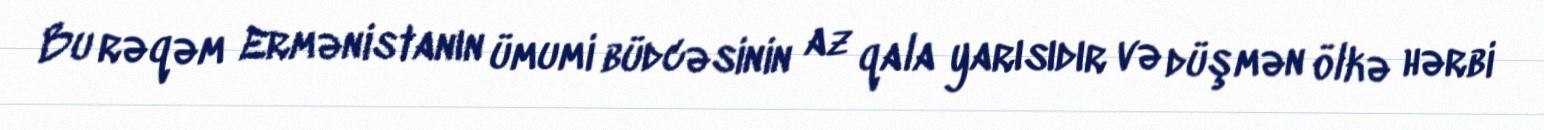
Bu rəqəm Ermənistanın ümumi büdcəsinin az qala yarısıdır və düşmən ölkə hərbi